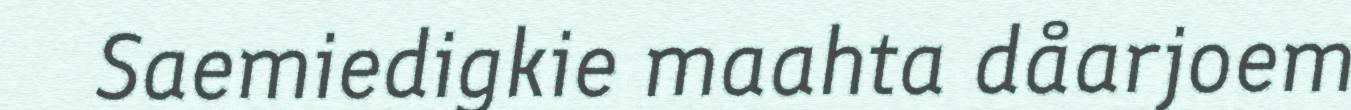
Saemiedigkie maahta dåarjoem